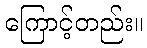
ကြောင့်တည်း။